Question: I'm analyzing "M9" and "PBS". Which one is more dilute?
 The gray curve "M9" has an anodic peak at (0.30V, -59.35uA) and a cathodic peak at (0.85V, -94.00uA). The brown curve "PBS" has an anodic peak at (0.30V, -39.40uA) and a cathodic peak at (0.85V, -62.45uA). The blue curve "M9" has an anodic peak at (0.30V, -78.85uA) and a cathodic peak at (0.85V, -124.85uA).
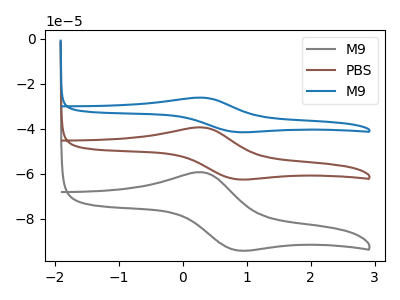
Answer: <think>All the peaks in "M9" have a peak in "PBS" at the same potential.
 </think>
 <answer>I cant tell if "M9" or "PBS" has higher concentration.</answer>
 <eval>mixed_concentration</eval>